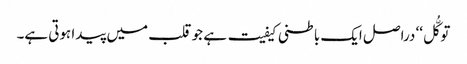
توکُّل‘‘ دراصل ایک باطنی کیفیت ہے جو قلب میں پیدا ہوتی ہے۔